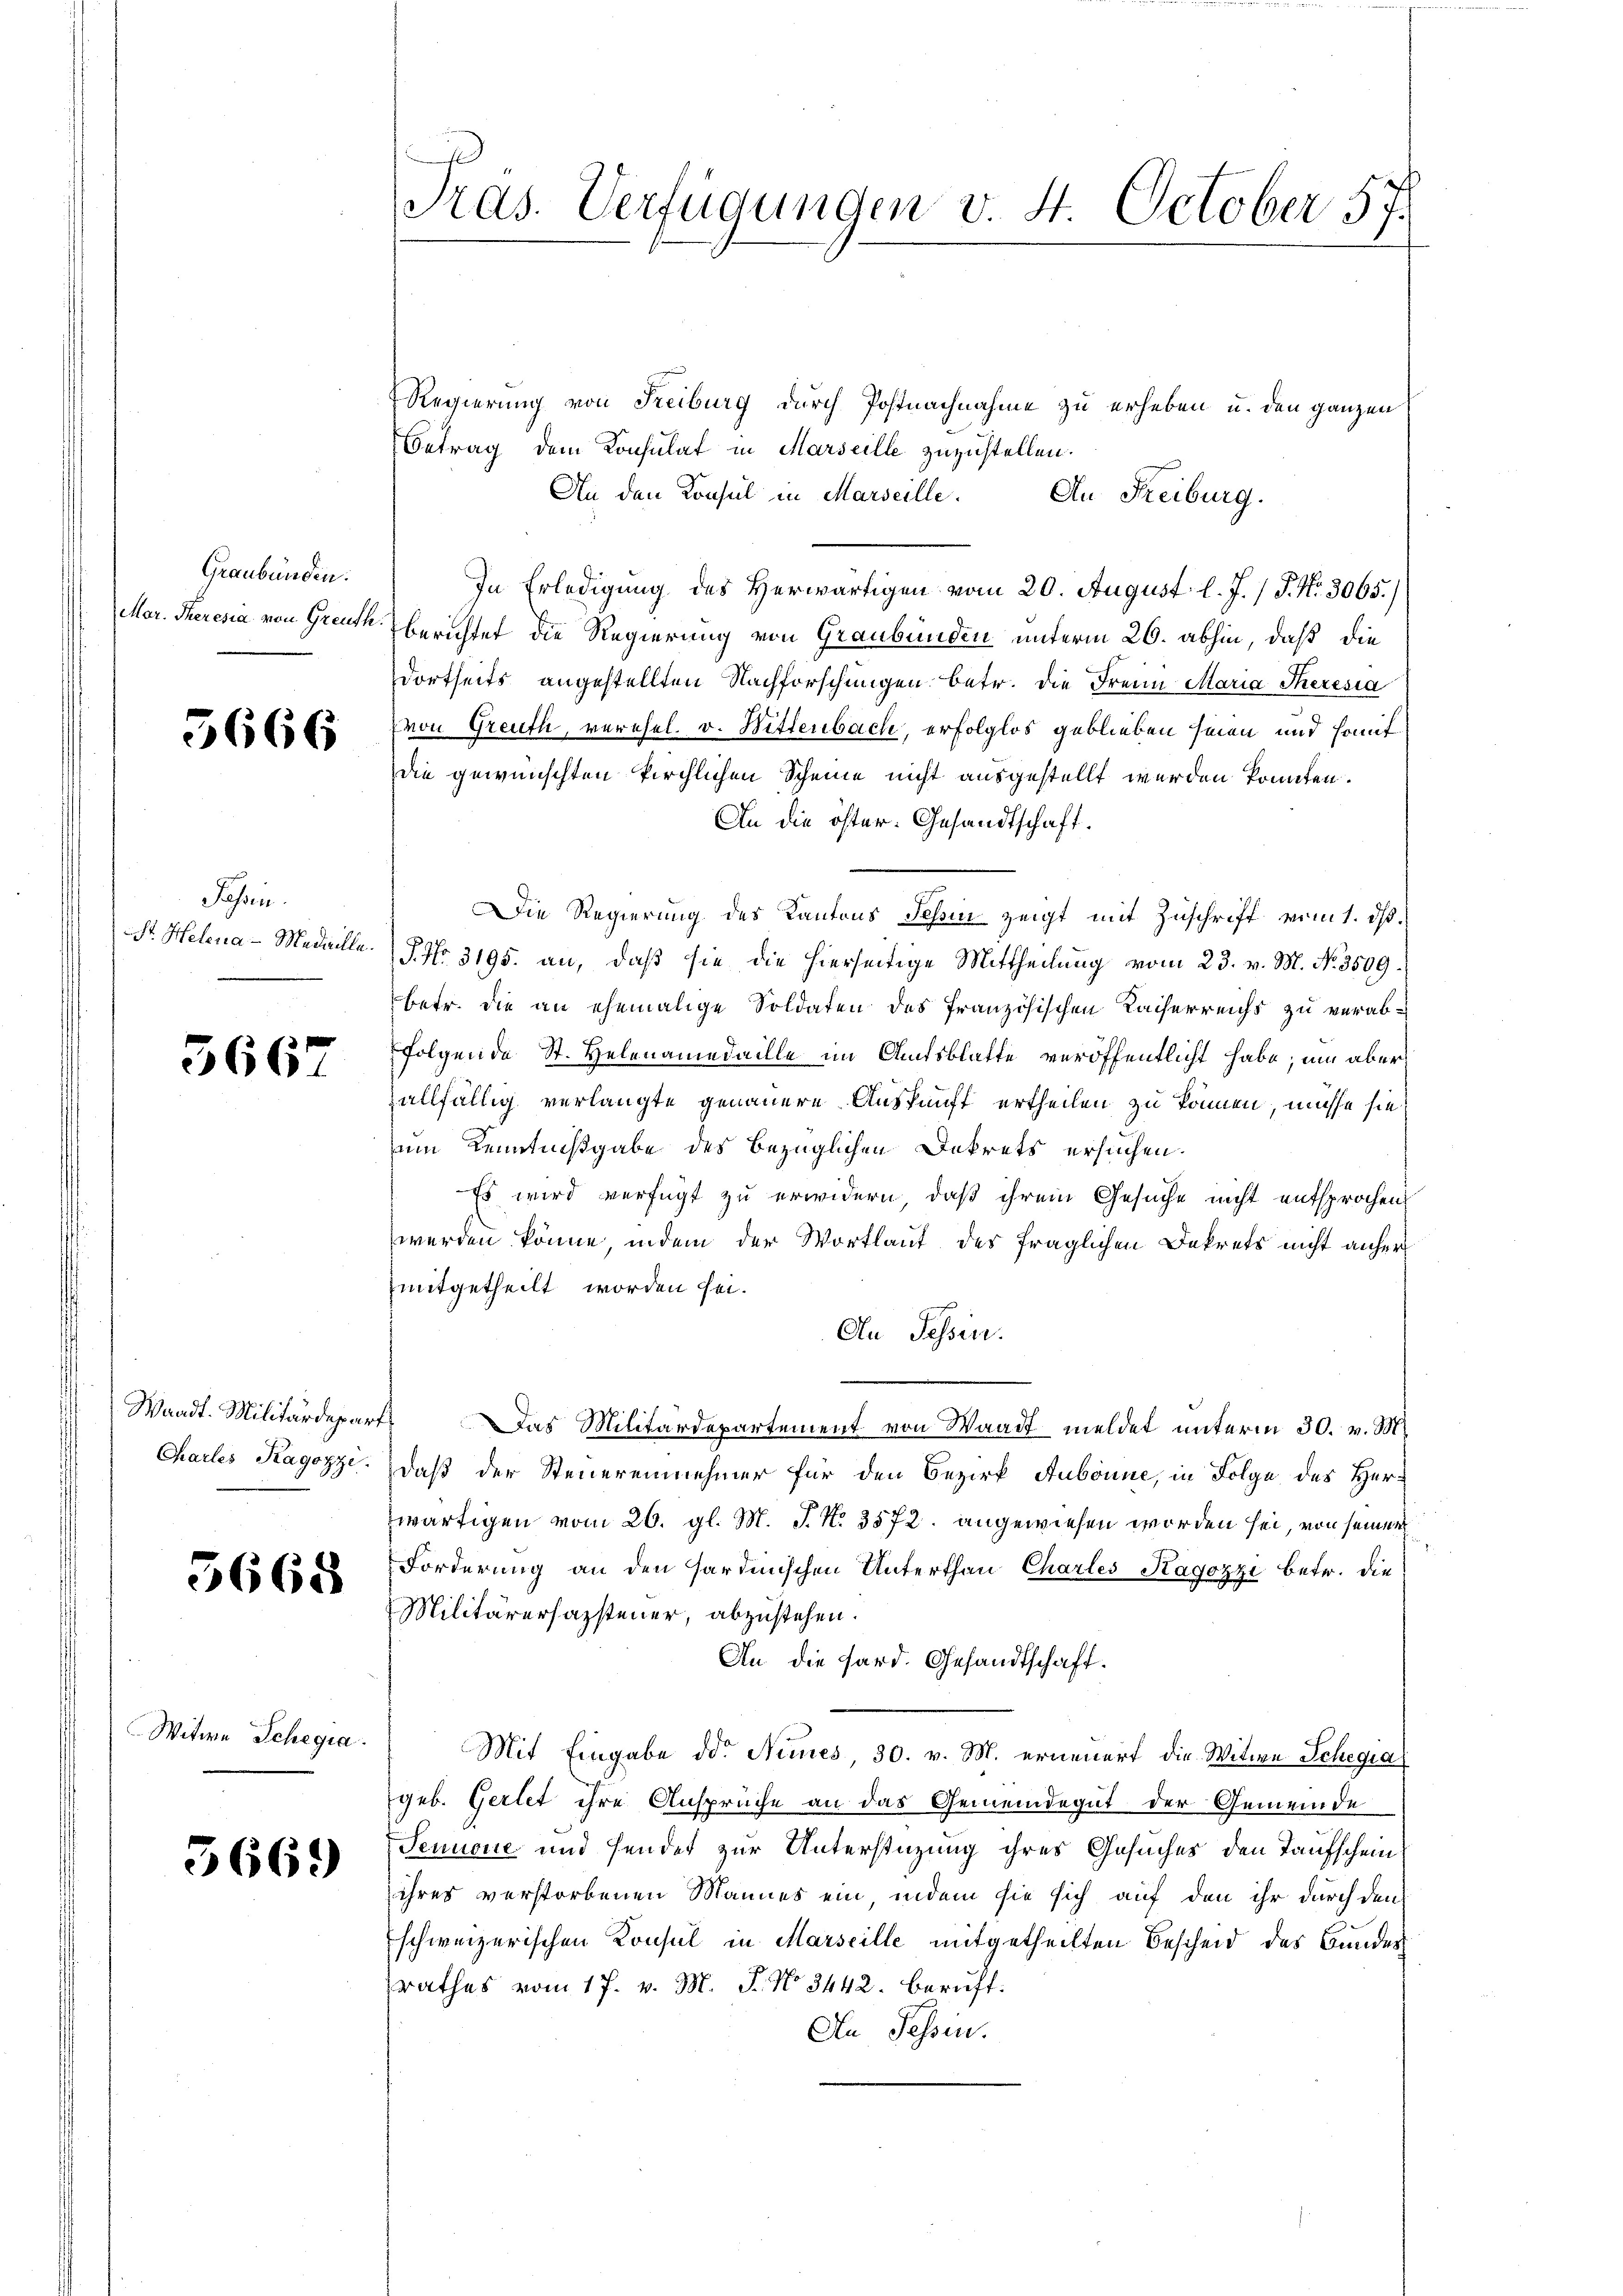
Graubünden.

5666

Jahren.
St. Helena - Medicille.

3667

Waadt. Militärdepar¬
Chartes Ragozzi.

3668

Witwe Schegia.

366.)

Pras. Verfügungen v. 4. October 5

Regierung von Freiburg durch Postnachnahme zu erheben u. den ganzen
Betrag dem Konsulat in Marseille zuzustellen.
An den Konsul in Marseille. An Freiburg.
In Erledigung des Herwärtigen vom 20. August l. J. / P. Nr. 3065.)
Mar. Theresia von Greuth berichtet die Regierung von Graubünden unterm 26. abhin, daß die
dortseits angestellten Nachforschungen betr. die Frei Maria Theresia
von Greuth, verehel. v. Wittenbach, erfolglos geblieben seinen und hof
die gewünschten kirchlichen Scheine nicht ausgestellt werden könnten.
An die öfter. Gesandtschaft.
Die Regierung des Kantons Schin zeigt mit Zuschrift vom 1. dß.
P. No. 3195. an, daß sie die hierseitige Mittheilung vom 23. v. M. No. 3509.
betr. die an ehemalige Soldaten des französischen Kaiserreichs zu verabfolgende St. Helenamedaille im Amtsblatte veröffentlicht habe, um aber
allfällig verlangte genauere Auskunft ertheilen zu können, müsse sie
um Kenntnißgabe des bezüglichen Dekrets ersuchen.
Es wird verfügt zu erwidern, daß ihrem Gesuche nicht entsprochen
werden könne, indem der Wortlaut des fraglichen Dekrets nicht anher
mitgetheilt worden sei.
An Tessin.
 Das Militärdepartement von Waadt meldet unterm 30. v. M.
daß der Steuereinnehmer für den Bezirk Aubonne, in Folge des Herzwärtigen vom 26. gl. M. P. N. 3572. angewiesen worden sei, von seiner
Forderung an den sardinischen Unterthan Charles Kagozzi betr. die
Militärersazsteuer, abzustehen.
An die Sard. Gesandtschaft.
Mit Eingabe der Numes 30. v. M. erneuert die Witwe Schegia
geb. Gertet ihre Ansprüche an das Gemeindegut der Gemeinde
Tennone und sendet zur Unterstützung ihres Gesuches den Taufschein
ihres verstorbenen Mannes ein, indem sie sich auf den ihr durch den
schweizerischen Konsul in Marseille mitgetheilten Bescheid des Bundes
rathes vom 17. v. M. J. No 3442. beruft:
An Tessin.